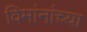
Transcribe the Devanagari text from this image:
विमांनांच्या